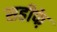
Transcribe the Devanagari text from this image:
सहीफे़